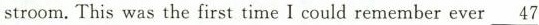
stroom. This was the first time I could remember ever \underline{47}